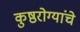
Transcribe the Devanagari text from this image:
कुष्ठरोग्यांचे